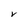
Character: V